Leaving Certificate Examination (including Day School Certificate (Higher) General paper), 1932
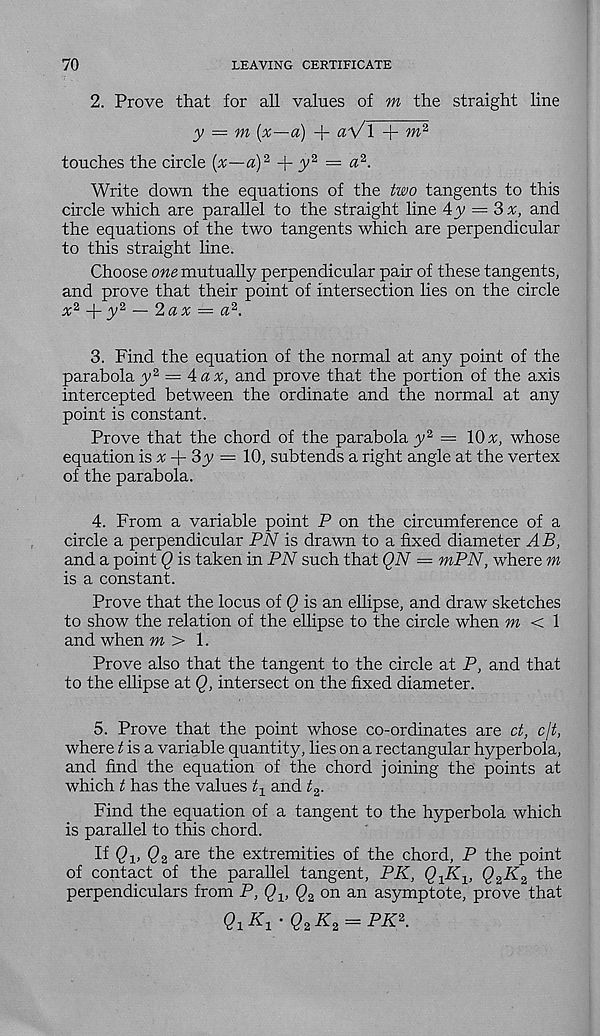
70
LEAVING CERTIFICATE
2. Prove that for all values of m the straight line
y = m (x—a) -f aV\
touches the circle (^—a) 2 + ^y 2 = « 2 .
Write down the equations of the two tangents to this
circle which are parallel to the straight line Ay = 3 x, and
the equations of the two tangents which are perpendicular
to this straight line.
Choose one mutually perpendicular pair of these tangents,
and prove that their point of intersection lies on the circle
x* -\- y* — 2 a x = a 2 .
3. Find the equation of the normal at any point of the
parabola y* = A ax, and prove that the portion of the axis
intercepted between the ordinate and the normal at any
point is constant.
Prove that the chord of the parabola y 2 = 10 x, whose
equation is % + 3y = 10, subtends a right angle at the vertex
of the parabola.
4. From a variable point P on the circumference of a
circle a perpendicular PN is drawn to a fixed diameter AB,
and a point Q is taken in PN such that QN = mPN, where m
is a constant.
Prove that the locus of Q is an ellipse, and draw sketches
to show the relation of the ellipse to the circle when m < 1
and when m > 1.
Prove also that the tangent to the circle at P, and that
to the ellipse at Q, intersect on the fixed diameter.
5. Prove that the point whose co-ordinates are ct, c\t,
where t is a variable quantity, lies on a rectangular hyperbola,
and find the equation of the chord joining the points at
which t has the values ^ and
Find the equation of a tangent to the hyperbola which
is parallel to this chord.
If Qx, <2 a are the extremities of the chord, P the point
of contact of the parallel tangent, PK, Q-JK-x,
the
perpendiculars from P, Q x , Q 2 on an asymptote, prove that
QxKx-Q 2 K 2 = PKz.